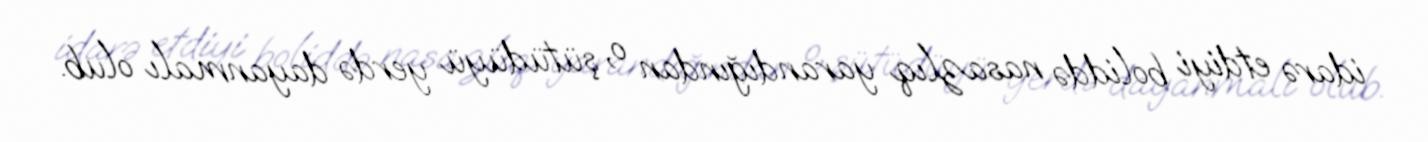
idarə etdiyi boliddə nasazlıq yarandığından o, şütüdüyü yerdə dayanmalı olub.